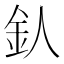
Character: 𨤿